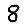
Digit: 8